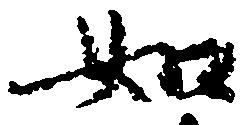
如